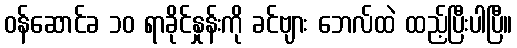
ဝန်ဆောင်ခ ၁၀ ရာခိုင်နှုန်းကို ခင်ဗျား ဘေလ်ထဲ ထည့်ပြီးပါပြီ။